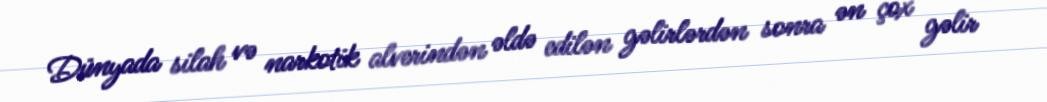
Dünyada silah və narkotik alverindən əldə edilən gəlirlərdən sonra ən çox gəlir